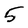
Character: 5